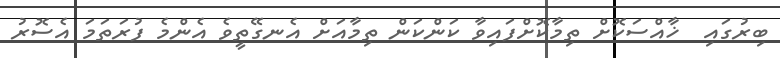
ބިރުގައި  ޚާއްސަކޮށް ތިމާކޮށްފައިވާ ކަންކަން ތިމާއަށް އެނގޭތީވެ އެންމެ ފުރަތަމަ އެސޮރު